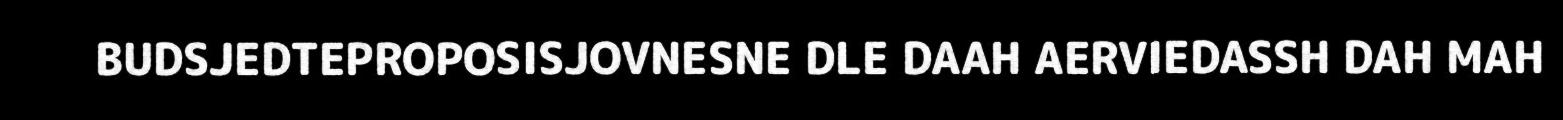
BUDSJEDTEPROPOSISJOVNESNE DLE DAAH AERVIEDASSH DAH MAH